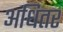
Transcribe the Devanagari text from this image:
अधितर